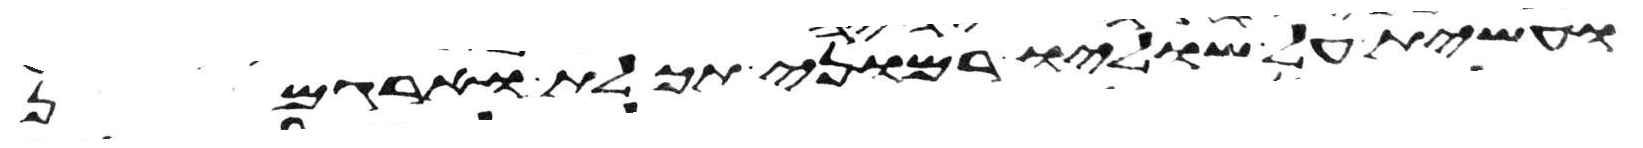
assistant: ועשית על שוליו רמוני תכלת וארגמן